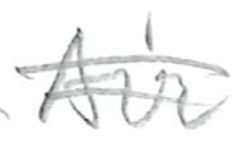
Text: Air
Cross-out: mix
Writing tool: pencil